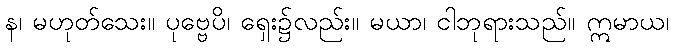
န၊ မဟုတ်သေး။ ပုဗ္ဗေပိ၊ ရှေး၌လည်း။ မယာ၊ ငါဘုရားသည်။ ဣမာယ၊